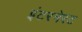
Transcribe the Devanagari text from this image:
इंटरनेरट